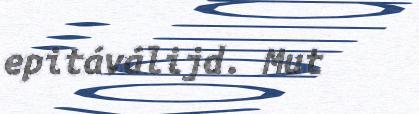
epitáválijd. Mut